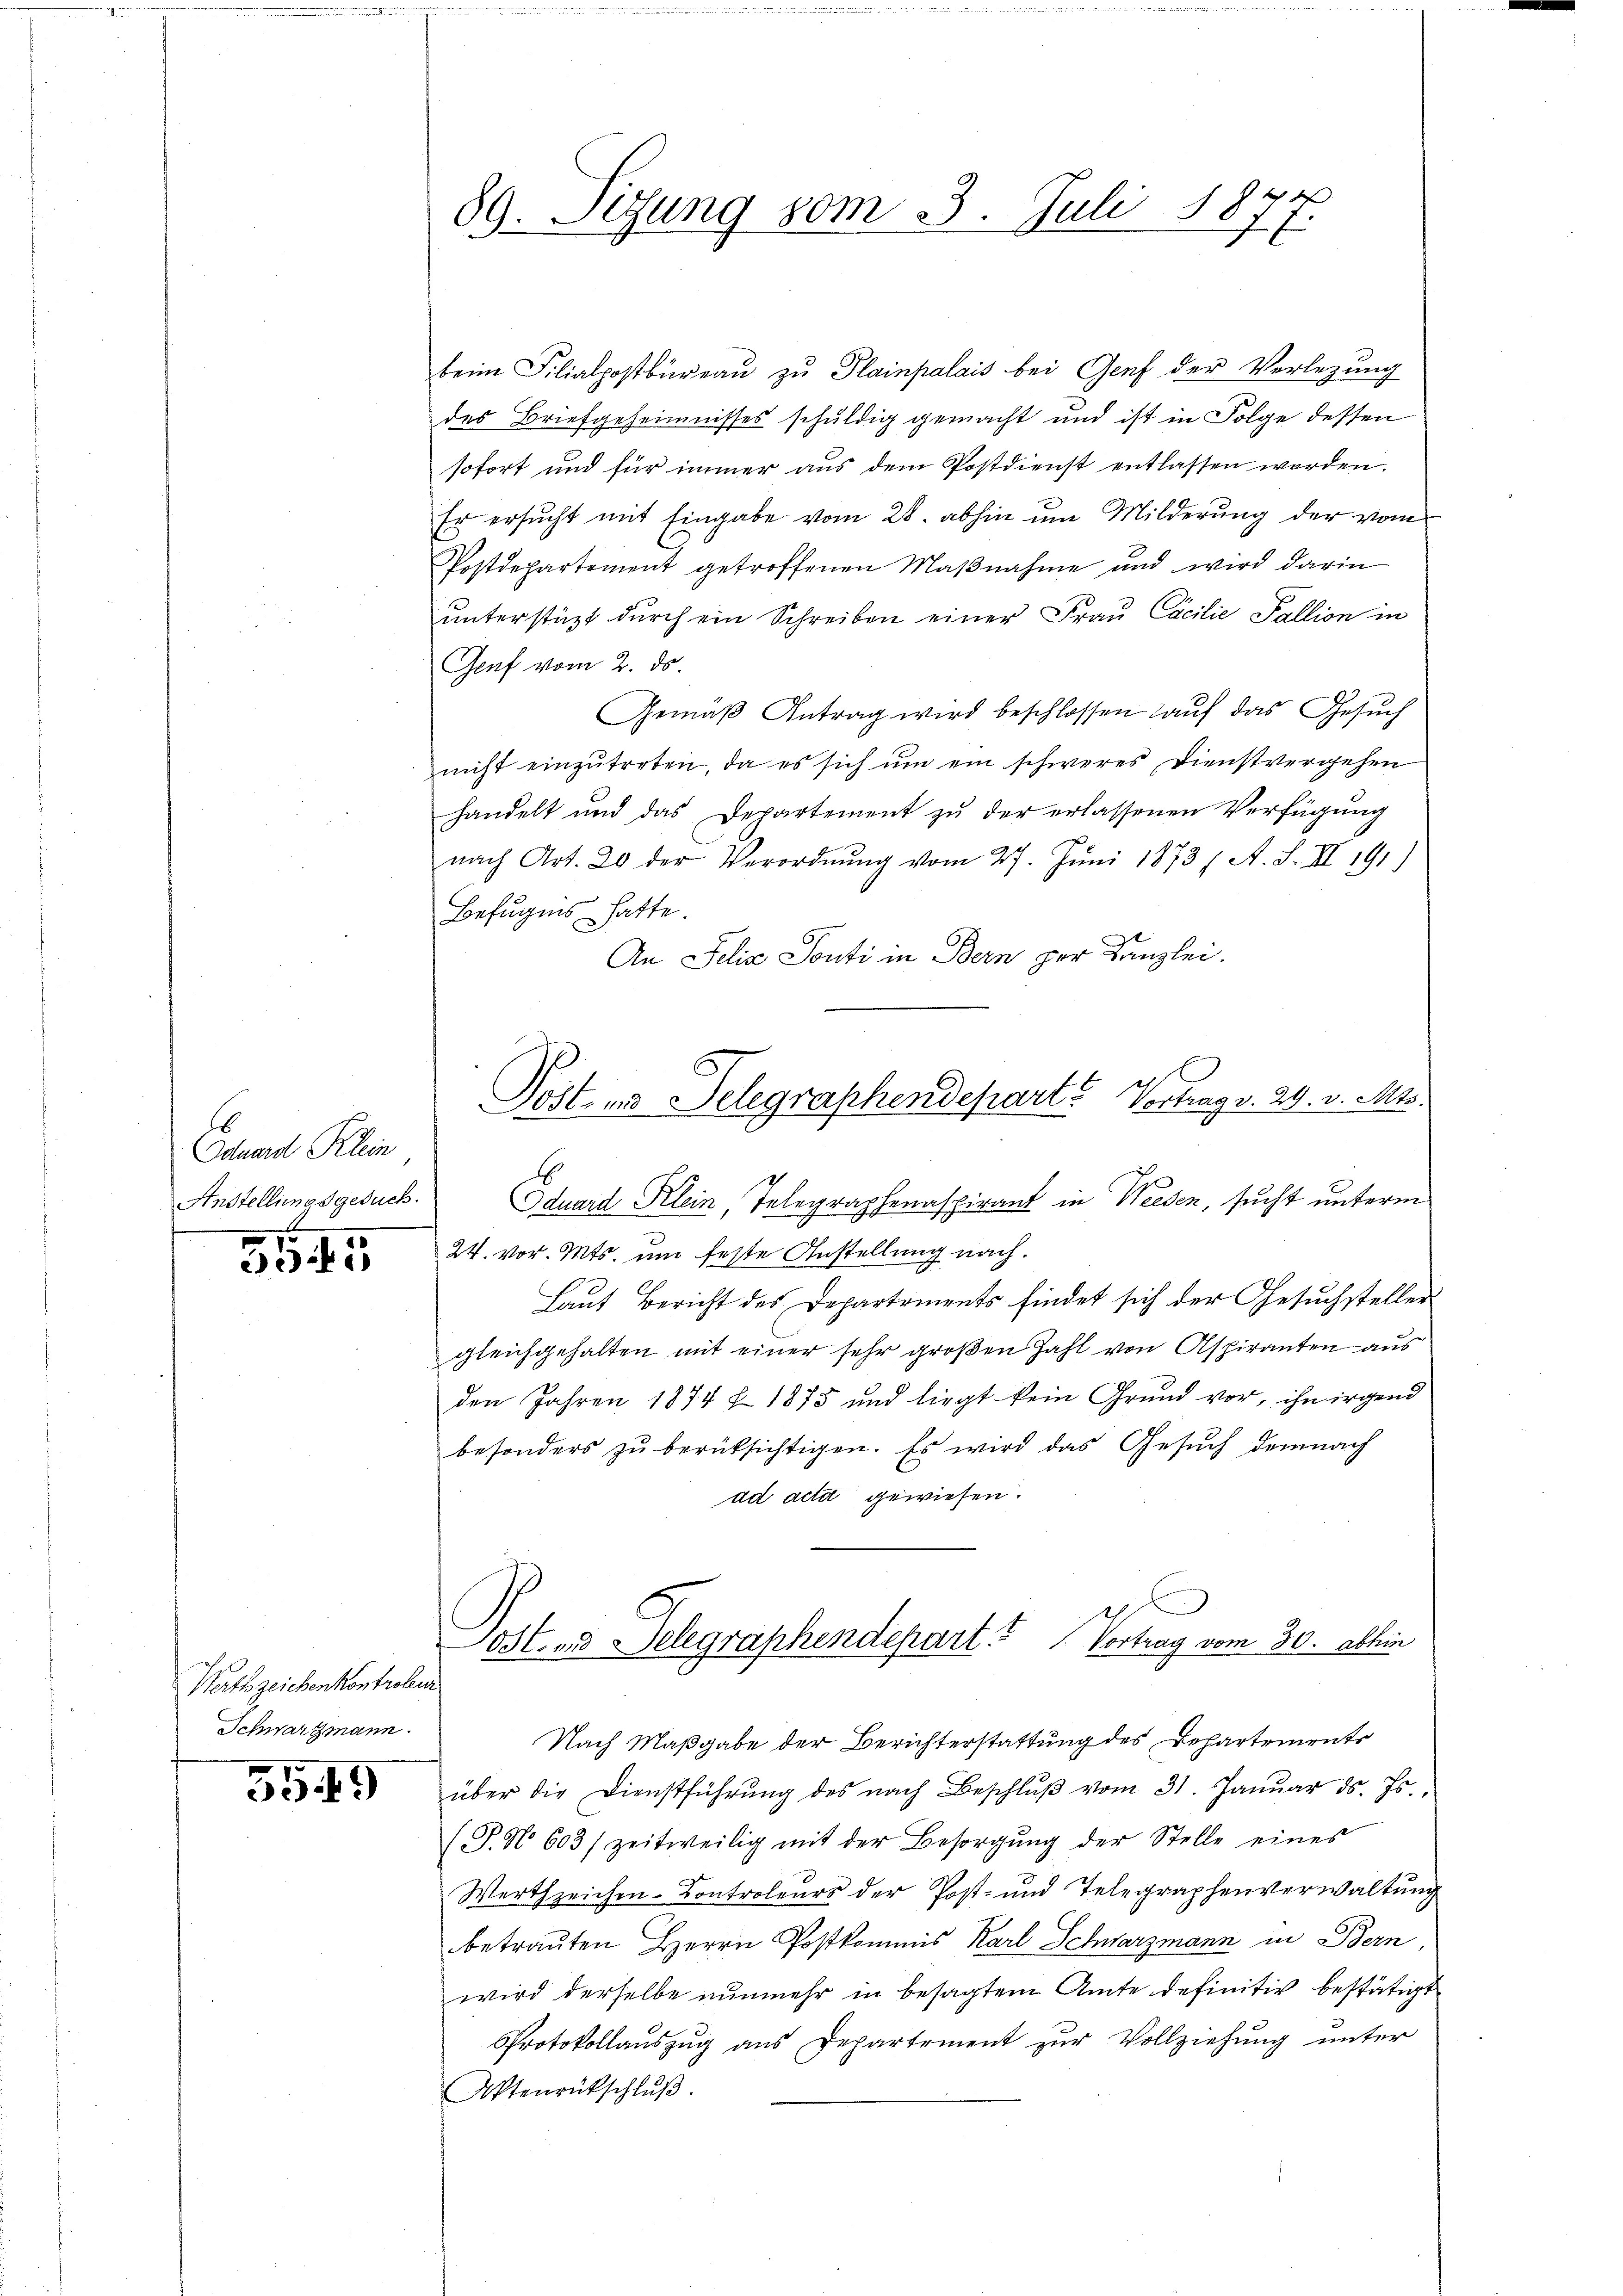
Edund Klein

5545

Wartszeichenkontrolin
Schwarzmann.

5549

89. Sizung vom 3. Juli 1877.

beim Filialpostbüreau zu Plainpalais bei Genf der Verlegung
des Briefgeheimnisses schuldig gemacht und ist in Folge dessen
sofort und für immer aus dem Postdienst entlassen worden.
Er ersucht mit Eingabe vom 28. abhin um Milderung der vom
Postdepartement getroffenen Maßnahme und wird darin
unterstüzt durch ein Schreiben einer Frau Cacilie Fallion in
Genf vom 2. ds.
Gemäβ Antrag wird beschlossen auf das Gesuch
nicht einzutreten, da es sich um ein schweres Dienstvergehen
handelt und das Departement zu der erlassenen Verfügung
nach Art. 20 der Verordnŭng vom 27. Jŭni 1873 / A. S. II 191)
Befugnis hatte.
An Felix Ponti in Bern per Kanzlei.
Anstellungsgesuck. Eduard Klein Telegraphenaspirant in Weesen, sucht unterm
24. vor. Mts. um feste Anstellung nach.
Laut Bericht des Departements findet sich der Gesuchsteller
gleichgehalten mit einer sehr großen Zahl von Aspiranten aus
den Jahren 1874 f 1875 und liegt kein Grund vor, ihn irgend
besonders zŭ berüksichtigen. Es wird das Gesŭch demnach
ad acta gewiesen.
)
03t. und Delegraphendepart. Vortrag vom 30. abhin
Nach Maßgabe der Berichterstattung des Behartementr
über die Dienstführŭng des nach Beschlŭβ vom 31. Janŭar d. Js.,
(S.N. 603 / zeitweilig mit der Besorgŭng der Stelle eines
Werth zeichen-Controleurs der Post- und Telegraphenverwaltung
betrauten Herrn Postkommis Karl Schwarzmann in Bern
wird derselbe nunmehr in besagtem Amte definitiv bestätigt
Protokollauszug aus Departement zur Vollziehung unter
Aktenrückschlŭβ

Post- und Telegraphendepart? Vortrag v. 29. v. Mts.